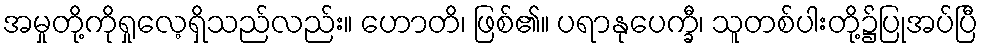
အမှုတို့ကိုရှုလေ့ရှိသည်လည်း။ ဟောတိ၊ ဖြစ်၏။ ပရာနုပေက္ခီ၊ သူတစ်ပါးတို့၌ပြုအပ်ပြီ